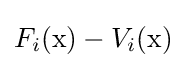
F_{i}(\mathrm {x} )-V_{i}(\mathrm {x} )